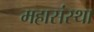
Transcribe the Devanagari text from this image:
महासंस्था